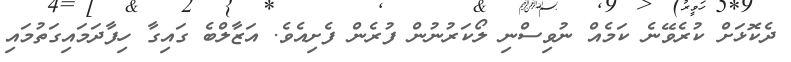
ދެކޮޅަށް ކުރެވޭނެ ކަމެއް ނުވިސްނި ލޯކަރުނުން ފުރެން ފެށިއެވެ. އަޒާލްބެ ގައިގާ ހިފާދަމައިގަތުމައި